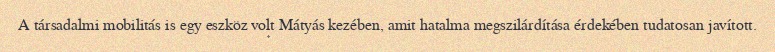
A társadalmi mobilitás is egy eszköz volt Mátyás kezében, amit hatalma megszilárdítása érdekében tudatosan javított.